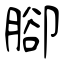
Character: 腳